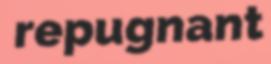
repugnant